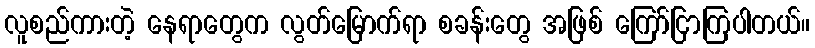
လူစည်ကားတဲ့ နေရာတွေက လွတ်မြောက်ရာ စခန်းတွေ အဖြစ် ကြော်ငြာကြပါတယ်။